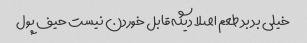
خیلی بد بد طعم اصلا دیگه قابل خوردن نیست حیف پول